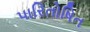
પારિતોષિત